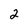
Character: 2